Report on vaccination in Madras 1904-1921 - 1904-1921
Year: 1904
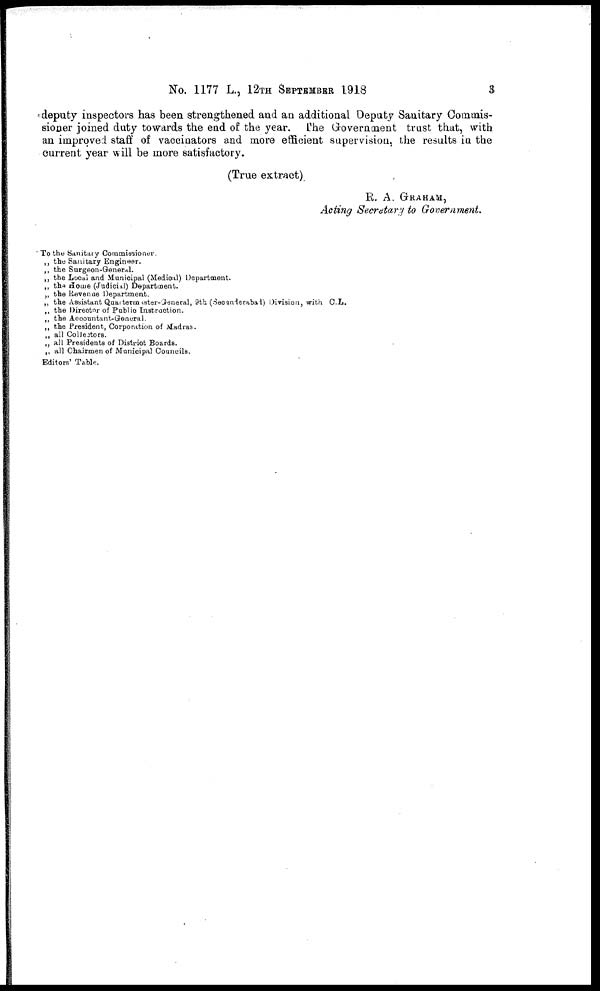
No. 1177 L., 12TH SEPTEMBER 1918
3
deputy inspectors has been strengthened and an additional Deputy Sanitary Commis-
sioner joined duty towards the end of the year. The Government trust that, with
an improved staff of vaccinators and more efficient supervision, the results in the
current year will be more satisfactory.
(True extract).
R. A. GRAHAM,
Acting Secretary to Government.
To the Sanitary Commissioner.
„ the Sanitary Engineer.
„ the Surgeon-General.
„ the Local and Municipal (Medical) Department.
„ the Home (Judicial) Department.
„ the Revenue Department.
„ the Assistant Quartermister-Greneral, 9th (Secunderabad) Division, with C.L.
„ the Director of Public Instruction.
„ the Accountant-General.
„ the President, Corporation of Madras.
„ all Collectors.
„ all Presidents of District Boards.
„ all Chairmen of Municipal Councils.
Editors' Table.